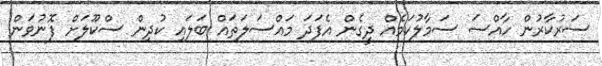
ސަރުކާރުން ހާއްސަ ސަމާލުކަމެއް ދީގެން އެފަދަ މައްސަލަތައް ބަލަައި ކުދިން ސްކޫލަށް ފޮނުވަން